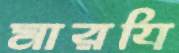
মারযি